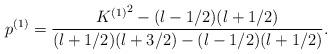
LaTeX: \begin{align*}p^{(1)}=\frac{{K^{(1)}}^{2} - (l-1/2)(l+1/2) }{(l+1/2)(l+3/2)-(l-1/2)(l+1/2)}.\end{align*}